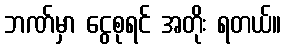
ဘဏ်မှာ ငွေစုရင် အတိုး ရတယ်။